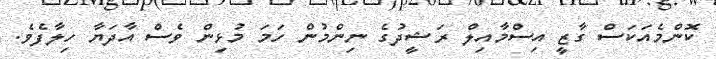
ކޮންމެއަކަސް ގާޒީ އިސްމާއިލް ރަޝީދުގެ ނިންމުން ހަމަ މުޅިން ވެސް އާދަޔާ ހިލާފެވެ.